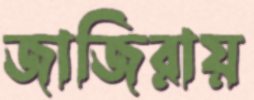
জাজিরায়